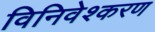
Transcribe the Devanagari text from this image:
विनिवेश्करण